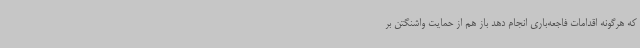
که هرگونه اقدامات فاجعه‌باری انجام دهد باز هم از حمایت واشنگتن بر